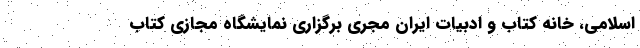
اسلامی، خانه کتاب و ادبیات ایران مجری برگزاری نمایشگاه مجازی کتاب